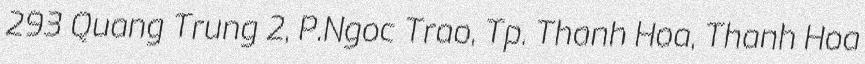
293 Quang Trung 2, P.Ngoc Trao, Tp. Thanh Hoa, Thanh Hoa